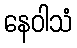
နေဝါသံ